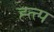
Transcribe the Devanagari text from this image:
ह्त्त्प